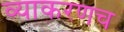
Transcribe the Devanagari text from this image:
व्याकरणच